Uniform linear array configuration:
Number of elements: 24
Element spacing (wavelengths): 0.25
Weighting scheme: exponential
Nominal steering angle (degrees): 30
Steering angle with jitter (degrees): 30.543
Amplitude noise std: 0.05
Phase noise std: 0.05

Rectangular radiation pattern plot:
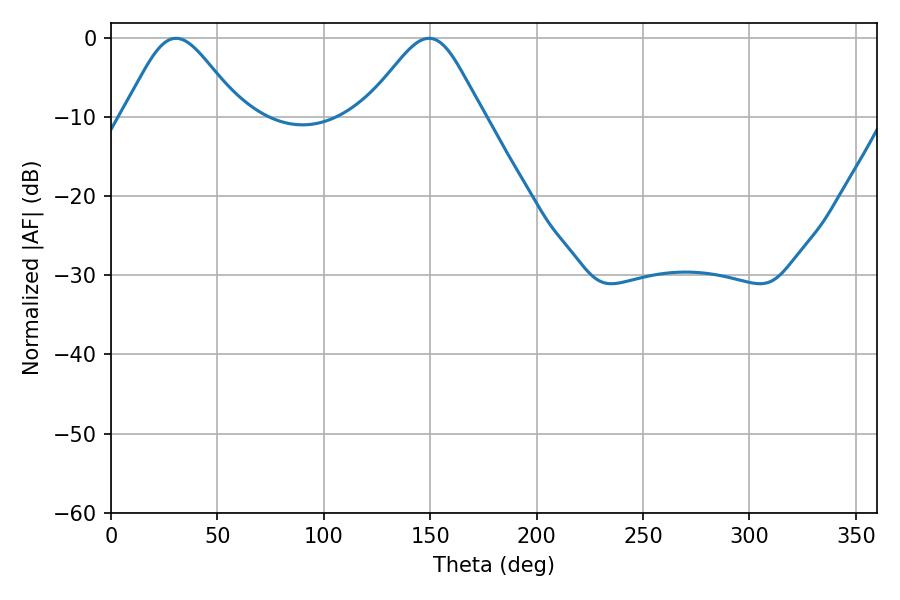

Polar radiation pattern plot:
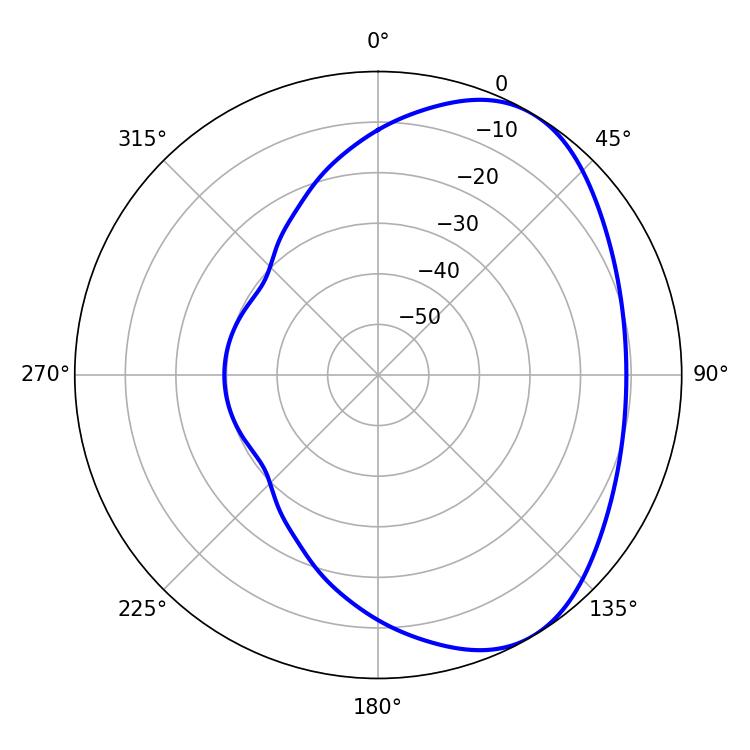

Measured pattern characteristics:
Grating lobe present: FALSE
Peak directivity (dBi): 4.865
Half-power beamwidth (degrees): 27.54
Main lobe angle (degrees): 30.6